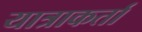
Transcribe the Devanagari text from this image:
यात्राकर्ता